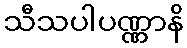
သီသပါပဏ္ဏာနိ